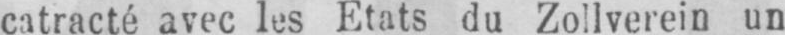
catracté avec les Etats du Zollverein un